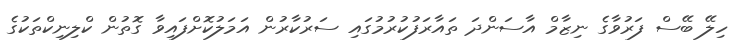
ހިލޭ ބޭސް ފަރުވާގެ ނިޒާމް އާސަންދަ ތައާރަފުކުރުމުގައި ސަރުކާރުން އަމަލުކޮށްފައިވާ ގޮތުން ކްލިނިކްތަކުގެ